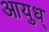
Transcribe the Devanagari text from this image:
आयुध्